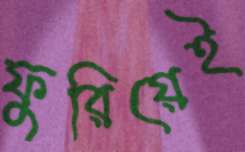
ফুরিয়েই